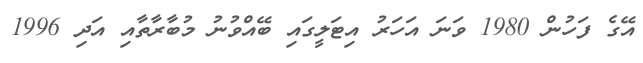
އޭގެ ފަހުން 1980 ވަނަ އަހަރު އިޓަލީގައި ބޭއްވުނު މުބާރާތާއި އަދި 1996